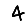
Digit: 4